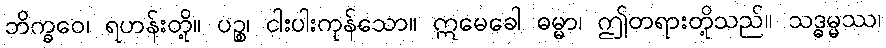
ဘိက္ခဝေ၊ ရဟန်းတို့။ ပဉ္စ၊ ငါးပါးကုန်သော။ ဣမေခေါ ဓမ္မာ၊ ဤတရားတို့သည်။ သဒ္ဓမ္မဿ၊